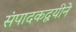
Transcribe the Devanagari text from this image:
संपादकद्वयीने